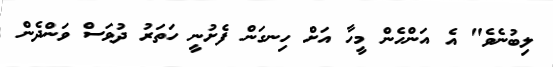
ލިބުނެވެ" އެ އަންހެން މީހާ އަށް ހިނގަން ފެށުނީ ހަތަރު ދުވަސް ވަންދެން